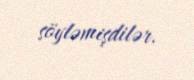
söyləmişdilər.